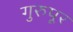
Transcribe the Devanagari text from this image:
गुरुपूर